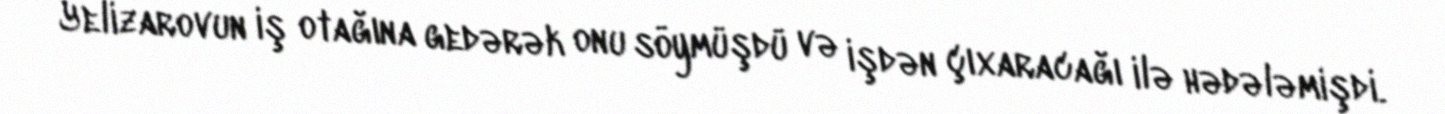
Yelizarovun iş otağına gedərək onu söymüşdü və işdən çıxaracağı ilə hədələmişdi.